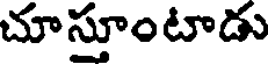
చూస్తూంటాడు